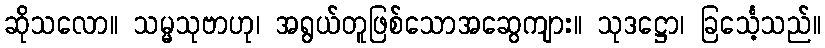
ဆိုသလော။ သမ္မသုဗာဟု၊ အရွယ်တူဖြစ်သောအဆွေကျား။ သုဒဋ္ဌော၊ ခြင်္သေ့သည်။